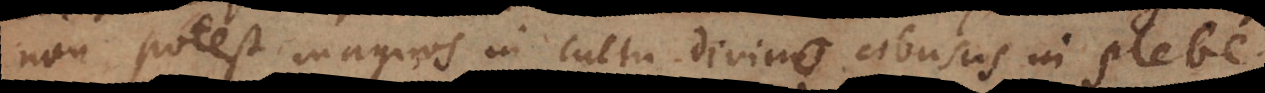
non potest magnos in cultu divino abusus in plebe